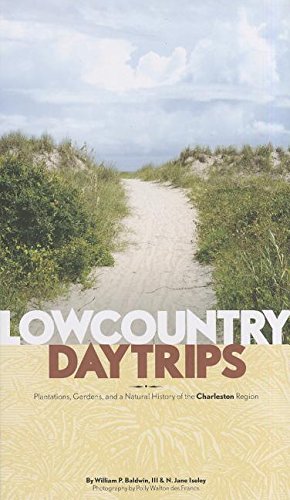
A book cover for Lowcountry Daytrips: Plantations, Gardens, and a Natural History of the Charleston Region; William P. Baldwin; Travel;